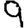
Digit: 9